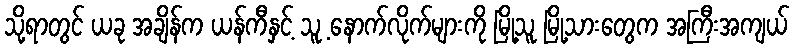
သို့ရာတွင် ယခု အချိန်က ယန်ကီနှင့် သူ့ နောက်လိုက်များကို မြို့သူ မြို့သားတွေက အကြီးအကျယ်